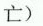
亡）